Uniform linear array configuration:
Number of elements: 32
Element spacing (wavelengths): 0.75
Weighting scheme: kaiser
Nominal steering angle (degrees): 30
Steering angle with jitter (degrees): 31.768
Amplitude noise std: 0.05
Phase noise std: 0.05

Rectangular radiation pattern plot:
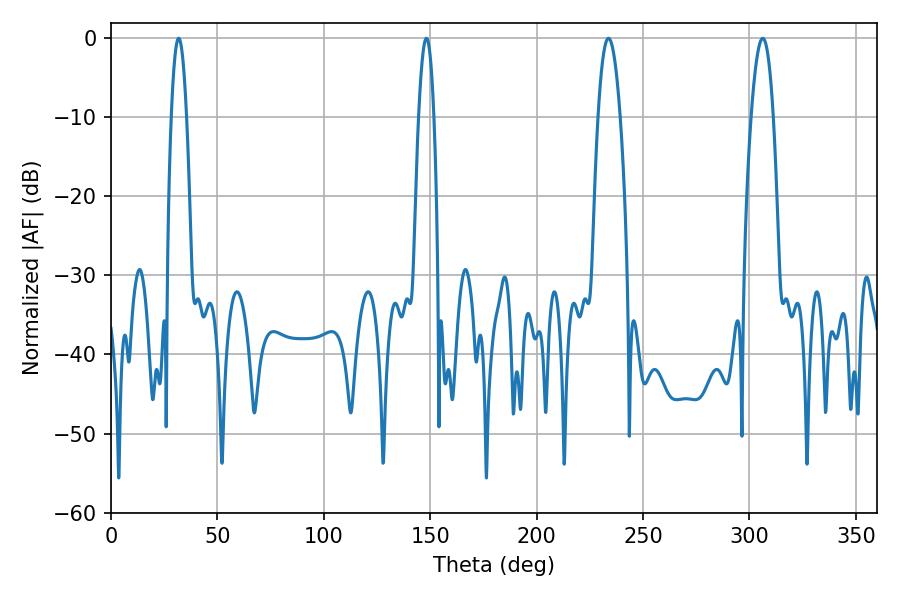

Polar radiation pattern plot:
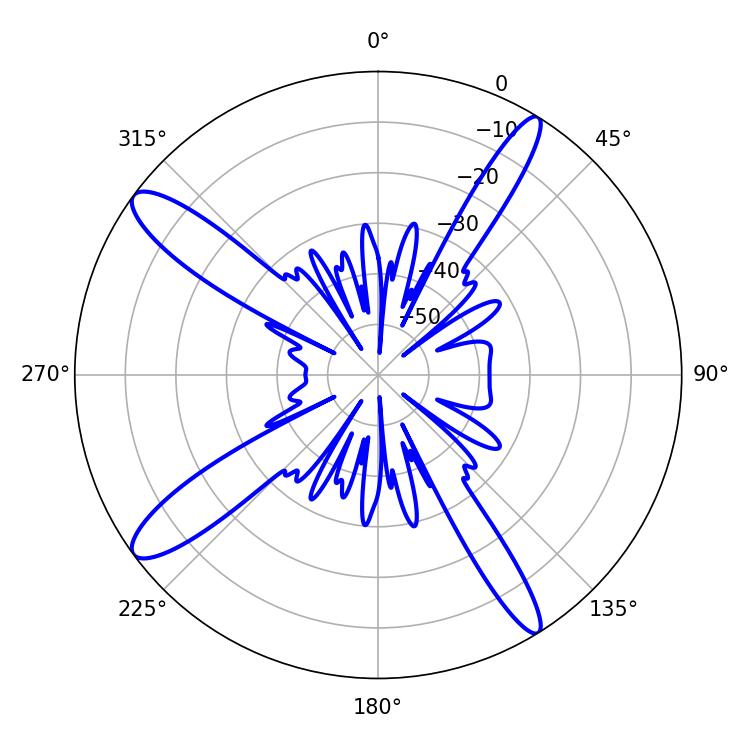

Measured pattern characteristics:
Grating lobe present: TRUE
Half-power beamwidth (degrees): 5.76
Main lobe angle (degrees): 306.18